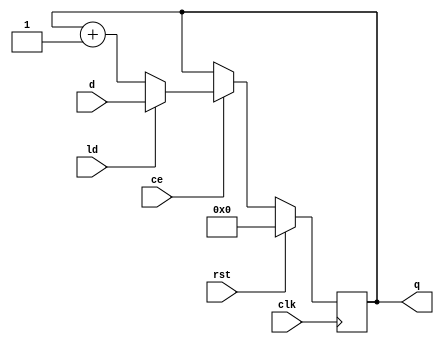
// ============================================================================
// (C) 2007 Robert Finch
// All Rights Reserved.
//
//	counter.v
//		generic up counter
//
// This source file is free software: you can redistribute it and/or modify 
// it under the terms of the GNU Lesser General Public License as published 
// by the Free Software Foundation, either version 3 of the License, or     
// (at your option) any later version.                                      
//                                                                          
// This source file is distributed in the hope that it will be useful,      
// but WITHOUT ANY WARRANTY; without even the implied warranty of           
// MERCHANTABILITY or FITNESS FOR A PARTICULAR PURPOSE.  See the            
// GNU General Public License for more details.                             
//                                                                          
// You should have received a copy of the GNU General Public License        
// along with this program.  If not, see <http://www.gnu.org/licenses/>.    
//                                                                          
// ============================================================================
//
module counter(rst, clk, ce, ld, d, q);
parameter WID=8;
input rst;
input clk;
input ce;
input ld;
input [WID:1] d;
output [WID:1] q;
reg [WID:1] q;

always @(posedge clk)
if (rst)
	q <= 0;
else if (ce) begin
	if (ld)
		q <= d;
	else
		q <= q + 1;
end

endmodule